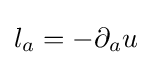
l_{a}=-\partial _{a}u